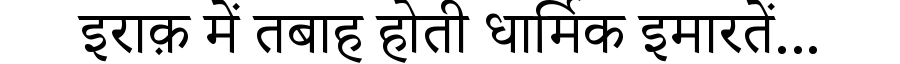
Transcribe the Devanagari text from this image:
इराक़ में तबाह होती धार्मिक इमारतें...